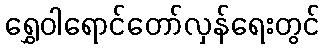
ရွှေဝါရောင်တော်လှန်ရေးတွင်